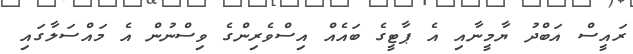
ރައީސް އަބްދު ޔާމީނާއި އެ ޕާޓީގެ ބައެއް އިސްވެރިންގެ ވިސްނުން އެ މައްސަލާގައި